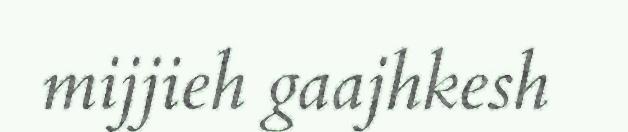
mijjieh gaajhkesh